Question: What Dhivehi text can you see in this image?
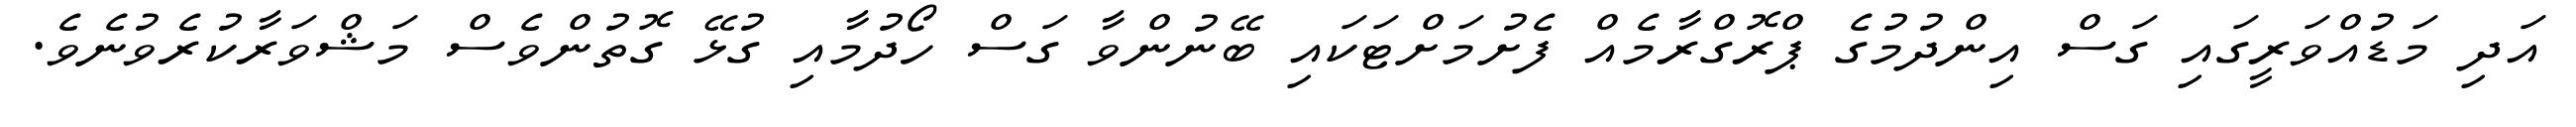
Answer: އަދި މަޑުއްވަރީގައި ގަސް އިންދުމުގެ ޕްރޮގްރާމެއް ފެށުމަށްޓަކައި ބޭނުންވާ ގަސް ހޯދުމާއި ގުޅޭ ގޮތުންވެސް މަޝްވަރާކުރެވުނެވެ.